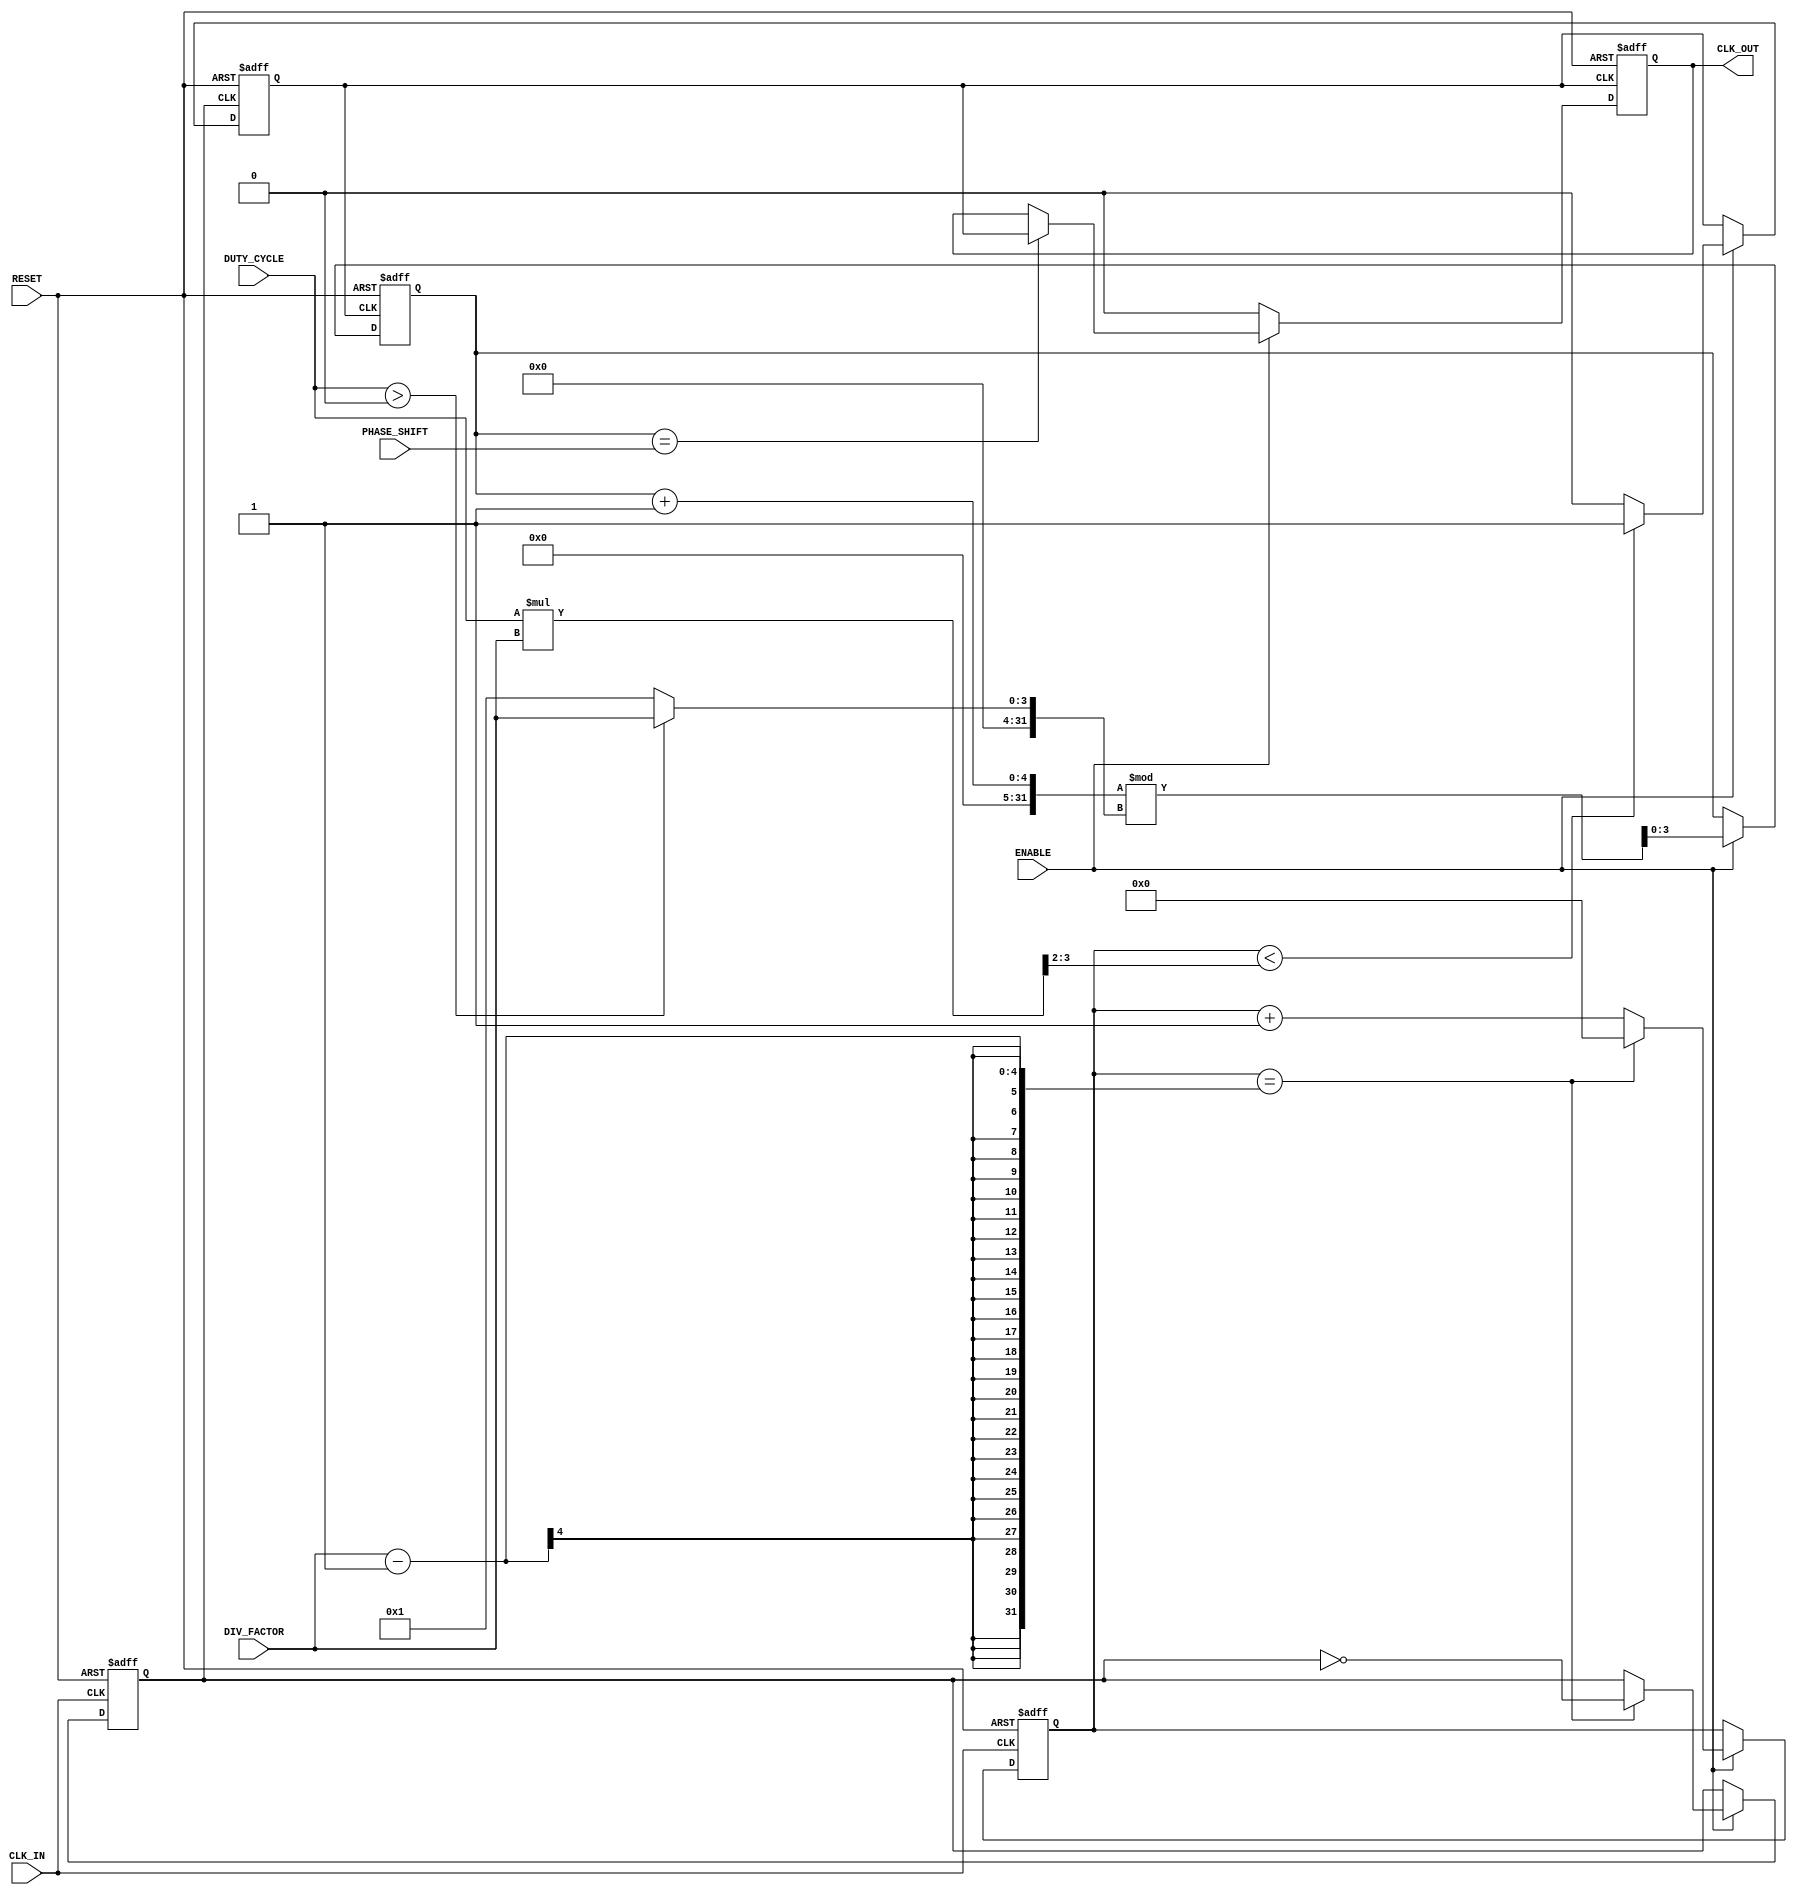
module ProgrammableClockBuffer (
    input wire CLK_IN,              // Primary clock input
    input wire RESET,               // Reset signal
    input wire ENABLE,              // Enable signal for clock buffer
    input wire [3:0] DIV_FACTOR,    // Division factor for frequency division (1-16)
    input wire [3:0] PHASE_SHIFT,   // Phase shift in number of clock cycles (0-15)
    input wire [3:0] DUTY_CYCLE,     // Duty cycle control (0-15 for 0% to 93.75%)
    output reg CLK_OUT              // Programmable clock output
);

    // Internal signals
    reg [3:0] counter;
    reg clk_div;
    reg clk_mod;
    
    // Clock divider for frequency division
    always @(posedge CLK_IN or posedge RESET) begin
        if (RESET) begin
            counter <= 0;
            clk_div <= 0;
        end else if (ENABLE) begin
            if (counter == DIV_FACTOR - 1) begin
                clk_div <= ~clk_div;
                counter <= 0;
            end else begin
                counter <= counter + 1;
            end
        end
    end

    // Duty cycle modulator
    always @(posedge clk_div or posedge RESET) begin
        if (RESET) begin
            clk_mod <= 0;
        end else if (ENABLE) begin
            if (counter < (DUTY_CYCLE * DIV_FACTOR) >> 2) begin
                clk_mod <= 1;
            end else begin
                clk_mod <= 0;
            end
        end
    end

    // Phase shifter
    reg [3:0] phase_counter;
    
    always @(posedge clk_mod or posedge RESET) begin
        if (RESET) begin
            phase_counter <= 0;
            CLK_OUT <= 0;
        end else if (ENABLE) begin
            if (phase_counter == PHASE_SHIFT) begin
                CLK_OUT <= clk_mod;
            end
            phase_counter <= (phase_counter + 1) % (DUTY_CYCLE > 0 ? DIV_FACTOR : 1);
        end else begin
            CLK_OUT <= 0; // Disable output when not enabled
        end
    end

endmodule